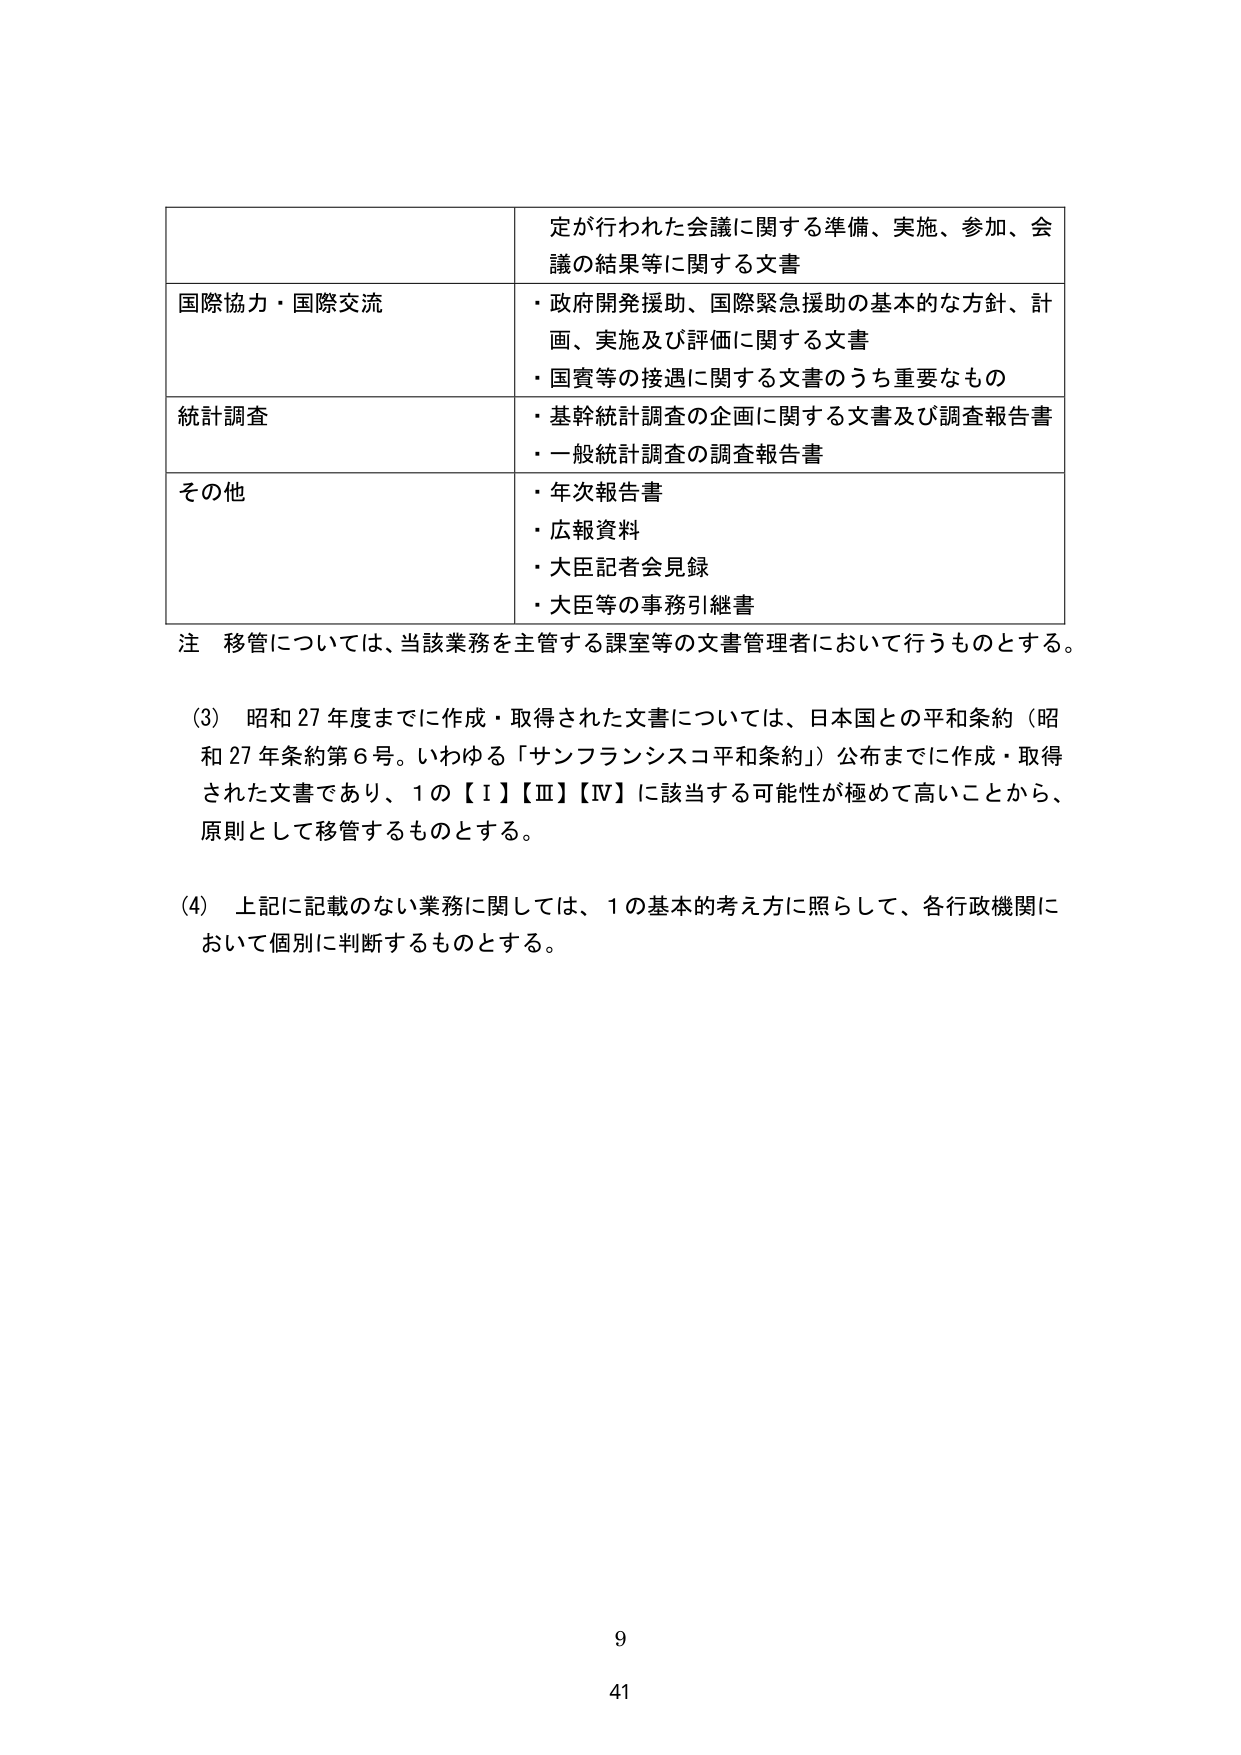
定が行われた会議に関する準備、実施、参加、会議の結果等に関する文書
国際協力・国際交流
・政府開発援助、国際緊急援助の基本的な方針、計画、実施及び評価に関する文書
・国賓等の接遇に関する文書のうち重要なもの
統計調査
・基幹統計調査の企画に関する文書及び調査報告書
・一般統計調査の調査報告書
その他
・年次報告書
・広報資料
・大臣記者会見録
・大臣等の事務引継書
注 移管については、当該業務を主管する課室等の文書管理者において行うものとする。
(3) 昭和27年度までに作成・取得された文書については、日本国との平和条約（昭和27年条約第6号。いわゆる「サンフランシスコ平和条約」）公布までに作成・取得された文書であり、1の【Ⅰ】【Ⅲ】【Ⅳ】に該当する可能性が極めて高いことから、原則として移管するものとする。
(4) 上記に記載のない業務に関しては、1の基本的考え方を照らして、各行政機関において個別に判断するものとする。
9
41